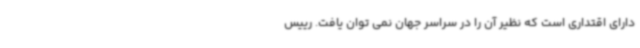
دارای اقتداری است که نظیر آن را در سراسر جهان نمی توان یافت. رییس